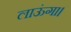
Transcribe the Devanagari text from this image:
लाऊंगा।